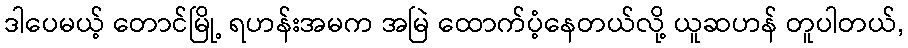
ဒါပေမယ့် တောင်မြို့ ရဟန်းအမက အမြဲ ထောက်ပံ့နေတယ်လို့ ယူဆဟန် တူပါတယ်,